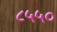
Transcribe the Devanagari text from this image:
८५५०